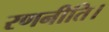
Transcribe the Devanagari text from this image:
रणनीति।